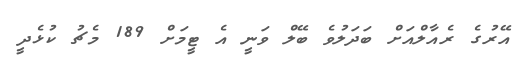
އޭރުގެ ރެއާލްއަށް ބަދަލުވެ ބޭލް ވަނީ އެ ޓީމަށް 189 މެޗު ކުޅެދީ